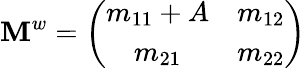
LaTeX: \mathbf{M}^{w}=\left(\begin{array}{cc}{{m_{11}+A}}&{{m_{12}}}\\ {{m_{21}}}&{{m_{22}}}\end{array}\right)